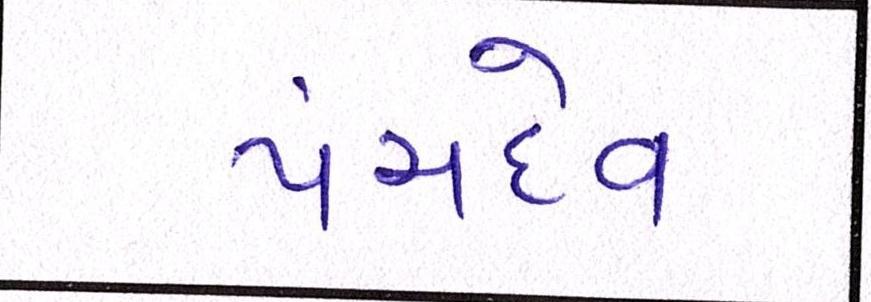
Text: પંચદેવ